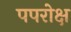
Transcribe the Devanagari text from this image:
पपरोक्ष